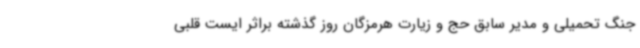
جنگ تحمیلی و مدیر سابق حج و زیارت هرمزگان روز گذشته براثر ایست قلبی